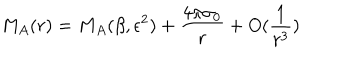
M _ { A } ( r ) = M _ { A } ( \beta , \epsilon ^ { 2 } ) + \frac { 4 \pi \sigma _ { 0 } } { r } + O ( \frac { 1 } { r ^ { 3 } } )